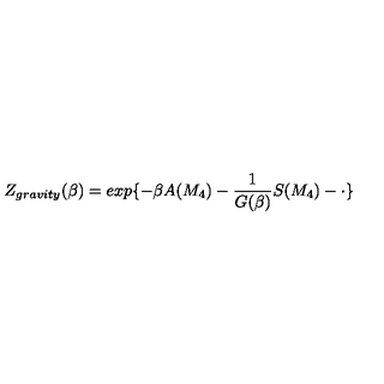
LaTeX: Z _ { g r a v i t y } ( \beta ) = e x p \{ - \beta A ( M _ { 4 } ) - \frac { 1 } { G ( \beta ) } S ( M _ { 4 } ) - \cdot \}